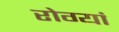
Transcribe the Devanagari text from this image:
रोग्यां